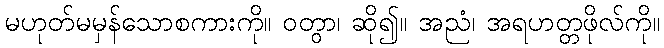
မဟုတ်မမှန်သောစကားကို။ ဝတွာ၊ ဆို၍။ အညံ၊ အရဟတ္တဖိုလ်ကို။